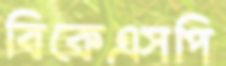
বিকেএসপি